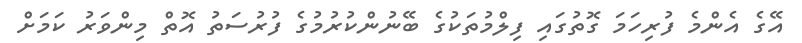
އޭގެ އެންމެ ފުރިހަމަ ގޮތުގައި ފިލްމުތަކުގެ ބޭނުންކުރުމުގެ ފުރުސަތު އޮތް މިންވަރު ކަމަށް